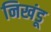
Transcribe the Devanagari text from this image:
निखंडू